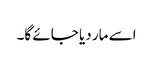
اسے مار دیا جائے گا۔